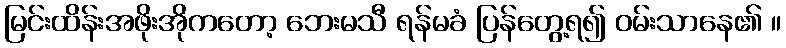
မြင်းထိန်းအဖိုးအိုကတော့ ဘေးမသီ ရန်မခံ ပြန်တွေ့ရ၍ ဝမ်းသာနေ၏ ။